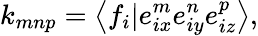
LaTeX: {k_{mnp}}=\left\langle{{f_{i}}|e_{ix}^{m}e_{iy}^{n}e_{iz}^{p}}\right\rangle,